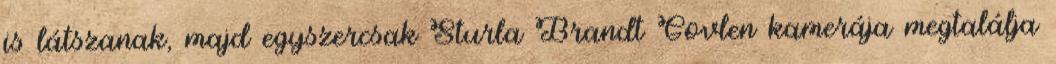
is látszanak, majd egyszercsak Sturla Brandt Govlen kamerája megtalálja